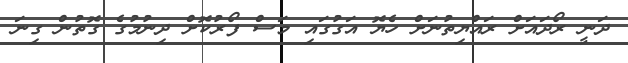
ދަނީ ރޯދައަށް ރައްޔިތުނަށް ހެޔޮ އަގުގައި މަސް ފޯރުކޮށް ދިނުމުގެ ގޮތުން ގިނަ